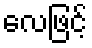
လေဖြင့်